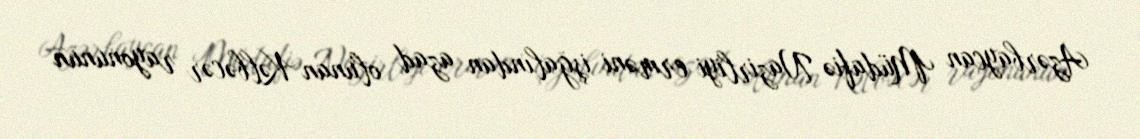
Azərbaycan Müdafiə Nazirliyi erməni işğalından azad olunan Kəlbəcər rayonunun